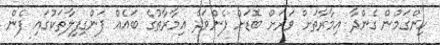
ހިންގަމުން ގެންދާ އިމާރާތަށް ވަރަށް ބޮޑަށް ފެންވަދެ އިމާރާތުގެ ބައެއް ފަންގިފިލާތަކުގައި ފެން